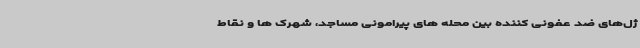
ژل‌های ضد عفونی کننده بین محله های پیرامونی مساجد، شهرک ها و نقاط